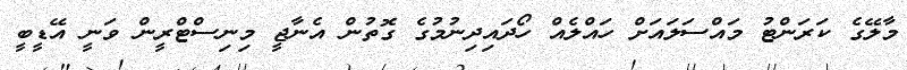
މާލޭގެ ކަރަންޓު މައްސަލައަށް ހައްލެއް ހޯދައިދިނުމުގެ ގޮތުން އެނާޖީ މިނިސްޓްރީން ވަނީ އޭޑީބީ